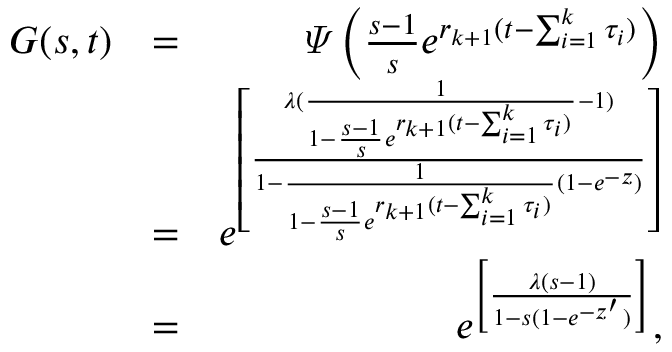
\begin{array} { r l r } { G ( s , t ) } & { = } & { \varPsi \left( \frac { s - 1 } { s } e ^ { r _ { k + 1 } ( t - \sum _ { i = 1 } ^ { k } \tau _ { i } ) } \right) } \\ & { = } & { e ^ { \left[ \frac { \lambda ( \frac { 1 } { 1 - \frac { s - 1 } { s } e ^ { r _ { k + 1 } ( t - \sum _ { i = 1 } ^ { k } \tau _ { i } ) } } - 1 ) } { 1 - \frac { 1 } { 1 - \frac { s - 1 } { s } e ^ { r _ { k + 1 } ( t - \sum _ { i = 1 } ^ { k } \tau _ { i } ) } } ( 1 - e ^ { - z } ) } \right] } } \\ & { = } & { e ^ { \left[ \frac { \lambda ( s - 1 ) } { 1 - s ( 1 - e ^ { - z ^ { \prime } } ) } \right] } , } \end{array}